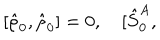
LaTeX: \lbrack \hat { \rho } _ { 0 } , \hat { \rho } _ { 0 } ] = { 0 } , \quad \lbrack \hat { S } _ { 0 } ^ { A } ,